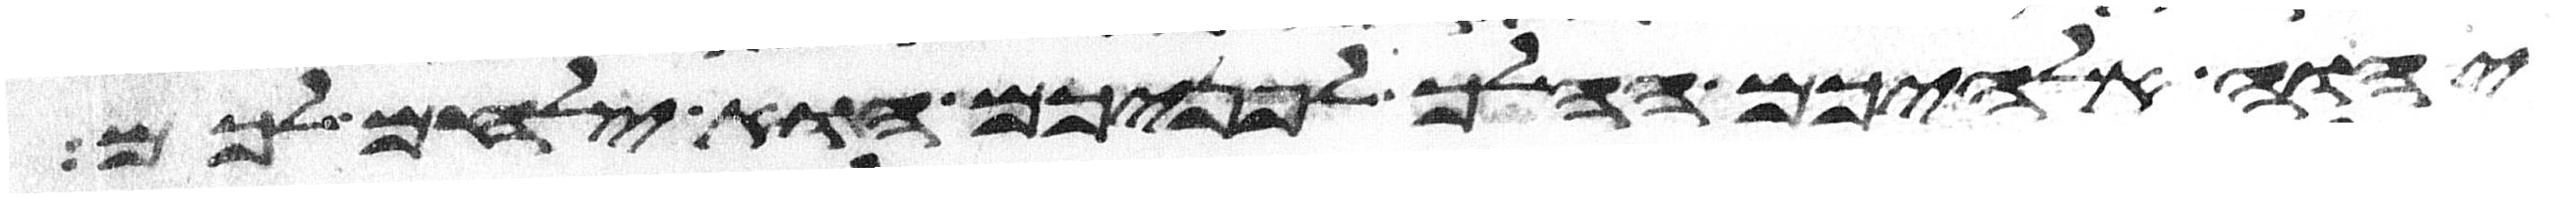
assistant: יהוה אלהיכם ההלך לפניכם הוא ילחם לכם